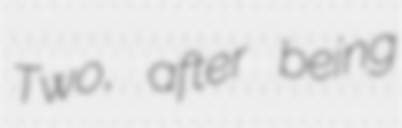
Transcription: Two, after being